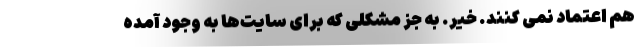
هم اعتماد نمی کنند. خیر. به جز مشکلی که برای سایت‌ها به وجود آمده